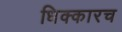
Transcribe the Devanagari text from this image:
धिक्कारच